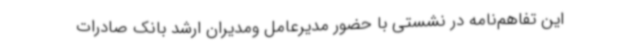
این تفاهم‌نامه در نشستی با حضور مدیرعامل ومدیران ارشد بانک صادرات